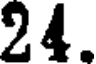
24.